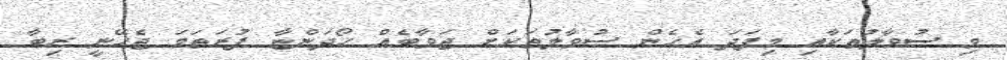
މި ސުވާލުތަކާއި މިފަދަ އެހެން ސުވާލުތަކަށް ޖަވާބެއް ހޯދަންޏާ ފުރަތަމަ ޖެހޭނީ ރިބާ